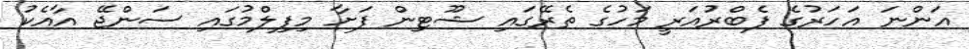
އަންނަ އަހަރުގެ ފެބްރުއަރީ މަހުގެ ތެރޭގައި ޝޫޓިން ފަށާ މިފިލްމުގައި ސަންޖޭ އާއެކު